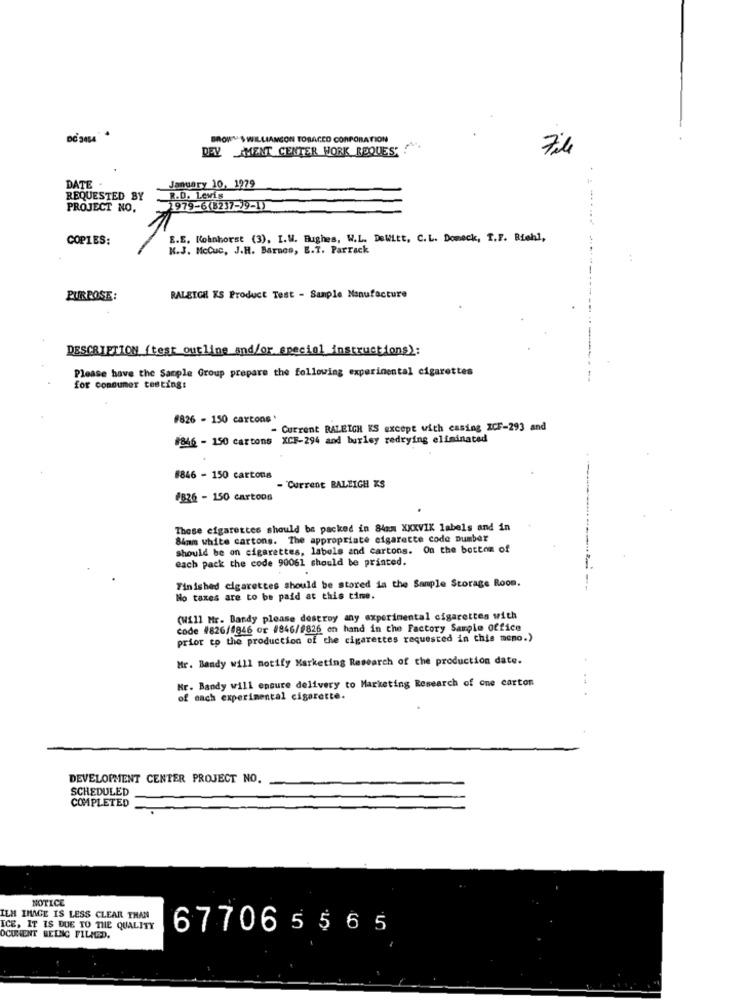
BROWY $ WILLIANCON TOBACCO CORPORATION
DEV MENT CENTER WORK REQUEST !
7ile
DATE .
January 10, 1979
REQUESTED BY
R.D. Lewis
PROJECT NO.
1979-6(8237-79-1)
COPIES:
E.E. Kohnhorst (3), I.W. Hughes, W.L. DeWitt, C.L. Domeck, T.F. Biehl,
K.J. McCuc, J.H. Barnes, E.T. Parrack
PURPOSE:
RALEIGH KS Product Test - Sample Manufacture
DESCRIPTION (test outline and/or special instructions):
Please have the Sample Group prepare the following experimental cigarettes
for consumer testing:
#826 - 150 cartons *
- Current RALEIGH KS except with essing ICF-293 and
#846 - 150 cartons XCF-294 and burley redrying eliminated
8846 - 150 cartons
- Current RALEIGH KS
#826 - 150 cartons
These cigarettes should be packed in 84mm XXXVIK labels and in
84mm white cartons. The appropriate cigarette code Dumber
should be on cigarettes, labels and cartons. On the bottom of
each pack the code 90061 should be printed.
Finished cigarettes should be stored in the Sample Storage Room.
No taxes are to be paid at this time.
(Will Mr. Bandy please destroy any experimental cigarettes with
code #826/4846 or #846/0826 en hand in the Factory Sample office
prior to the production of the cigarettes requested in this meno.)
Mr. Bandy will notify Marketing Research of the production date.
Nr. Bandy will ensure delivery to Marketing Research of one carton
of each experimental cigarette.
DEVELOPMENT CENTER PROJECT NO.
SCHEDULED
COMPLETED
NOTICE
ILM IMAGE IS LESS CLEAR THAN
ICE, IT IS DUE TO THE QUALITY
677065565
DCUNENT BEING FILNEED.